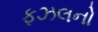
ફઝલનો